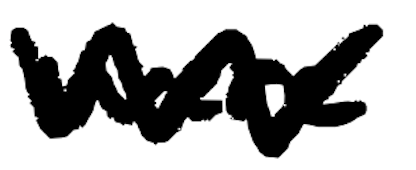
Text: were
Cross-out: zig-zag
Writing tool: digital_black